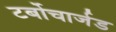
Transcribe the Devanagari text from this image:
टर्बोचार्जड